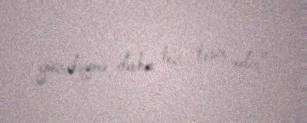
gözdəymə daha tez təsir edir".